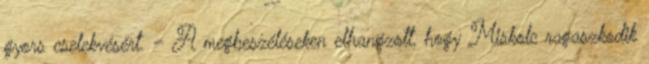
gyors cselekvésért. – A megbeszéléseken elhangzott, hogy Miskolc ragaszkodik